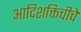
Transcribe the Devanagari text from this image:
आदिशक्तिचीचे